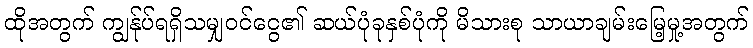
ထိုအတွက် ကျွန်ုပ်ရရှိသမျှဝင်ငွေ၏ ဆယ်ပုံခုနှစ်ပုံကို မိသားစု သာယာချမ်းမြေ့မှု့အတွက်